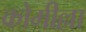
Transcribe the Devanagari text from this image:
कोमील्ला